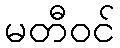
မတီဝင်